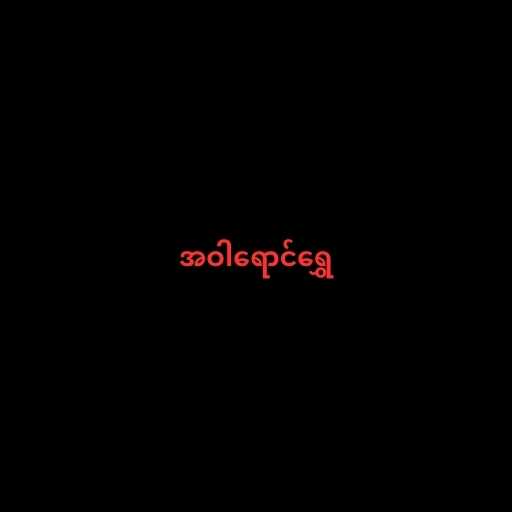
အဝါရောင်ရွှေ